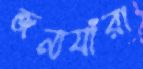
জন্যযাঁরা